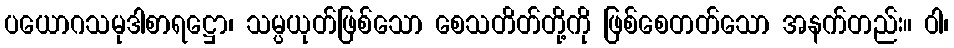
ပယောဂသမုဒါစာရဋ္ဌော၊ သမ္ပယုတ်ဖြစ်သော စေသတိတ်တို့ကို ဖြစ်စေတတ်သော အနက်တည်း။ ဝါ၊